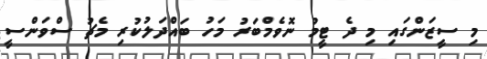
މި ސީޒަންްގައި މި ދެ ޓީމު ނޮވެމްބަރު މަހު ބައްދަލުކުރި މެޗު ސްވަންސީ